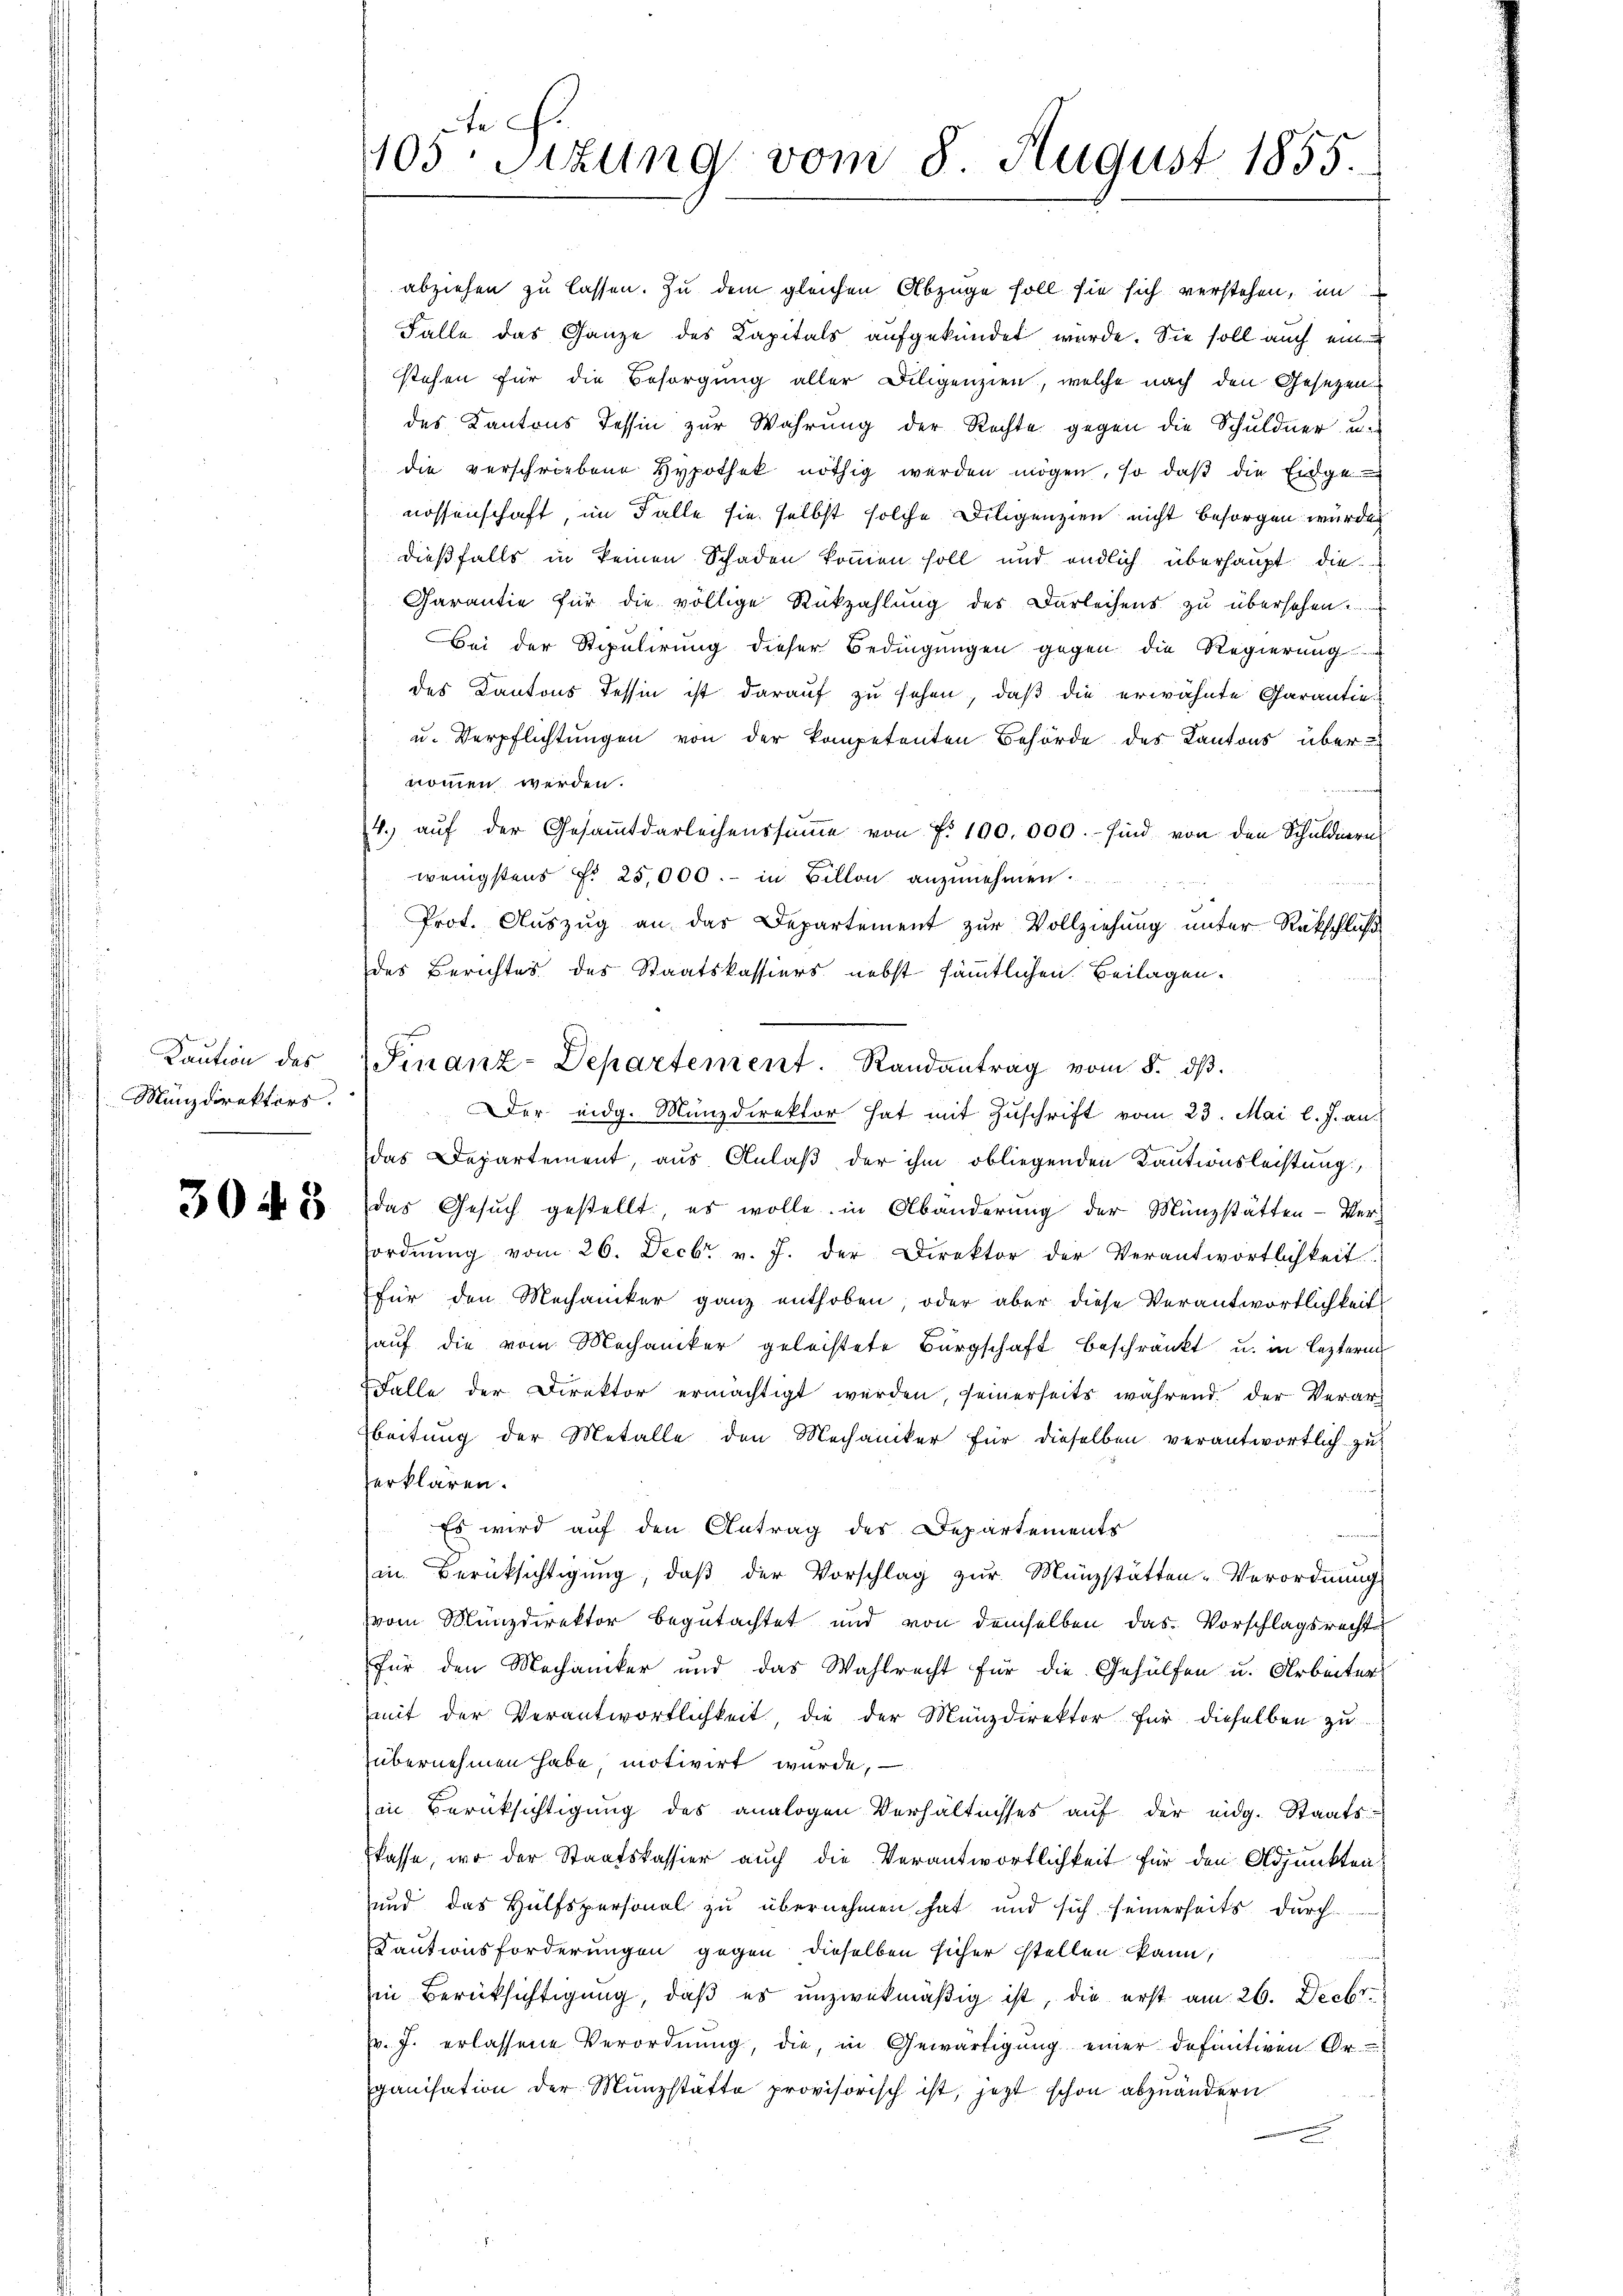
Kaution des
Manzdirektors.

30 f 5

abziehen zu lassen. Zu dem gleichen Abzüge soll sie sich verstehen, im
Falle das Ganze des Kapitals aufgekündet wurde. Sie soll auch ein
stehen für die Besorgung aller Diligenzien, welche nach den Gesetzen
des Kantons Tessin zur Wahrung der Rechte gegen die Schuldner, u.
die verschriebene Hypothek nöthig werden mögen, so daß die Einge
nossenschaft, im Falle sie selbst solche Diligenzien nicht besorgen wurde
dießfalls in keinen Schaden kommen soll und endlich überhaupt die
Charantie für die völlige Rückzahlung des Darleihens zu übersehen.
Bei der Stipulirung dieser Bedingungen gegen die Regierung
des Kantons Tessin ist darauf zu sehen, daß die erwähnte Carantie¬
u. Verpflichtungen von der kompetenten Behörde des Kantons über-
nommen werden.
4. aŭf der Gesaṁtdarleihenssŭṁe von f. 100.000. sind von den Schuldnern
wenigstens Fr. 25,000.- in Billon anzunehmen.
Prot. Auszug an der Departement zur Vollziehung unter Rückschluß
des Berichtes des Staatskassiers nebst sämmtlichen Beilagen.
Der eidg. Münzdirektor hat mit Zŭschrift vom 23. Mai l. J. an.
das Departement, aus Anlaß der ihm obliegenden Kautionsleistung,
das Gesuch gestellt es wolle in Abänderung der Münzstätten-Ver-
ordnung vom 26. Decbr v. J. der Direktor der Verantwortlichkeit
für den Mechaniker ganz enthoben, oder aber diese Verantwortlichkeit
auf die vom Mechaniker geleistete Bürgschaft beschränkt u. in lezteren
Falle der Direktor ermächtigt werden, seinerseits während der Verarbeitung der Metalle den Mechaniker für dieselben verantwortlich zu
erklären.
 Es wird auf den Antrag des Departements
in Berüksichtigung, daß der Vorschlag zur Münzstätten-Verordnung
vom Münzdirektor begutachtet und von demselben das Vorschlagsrecht
für den Mechaniker und das Wahlrecht für die Gehülfen u. Arbeiter
mit der Verantwortlichkeit die der Münzdirektor für dieselben zu
übernehmen habe, motivirt wurde,
in Berüksichtigung des analogen Verhältnisses aŭf der eidg. Staatskasse, wo der Staatskassier auch die Verantwortlichkeit für den Adjunkten
und das Hülfspersonal zu übernehmen hat und sich seinerseits durch
Kautionsforderungen gegen dieselben sicher stellen kann,
in Berücksichtigung, daß es unzwekmäßig ist, die erst am 26. Decbr.
v. J. erlassene Verordnung, die, in Gewärtigung einer definitiven Or-
ganisation der Münzstätte provisorisch ist, jetzt schon abzuändern

te
405: Sizung vom 8. August 1855.

Finanz-Departement. Randantrag vom 8. dβ.